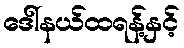
ဒေါ်နယ်ထရန့်နှင့်